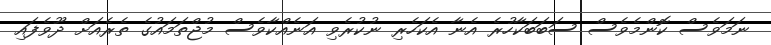
ނަމަވެސް ކޮންމެވެސް ސަބަބަކާހުރެ އެނާ އެކަހެރި ނުކުރެވި އަނެއްކާވެސް މުޖްތަމައުގެ ތެރެއަށް ދޫވެފައި